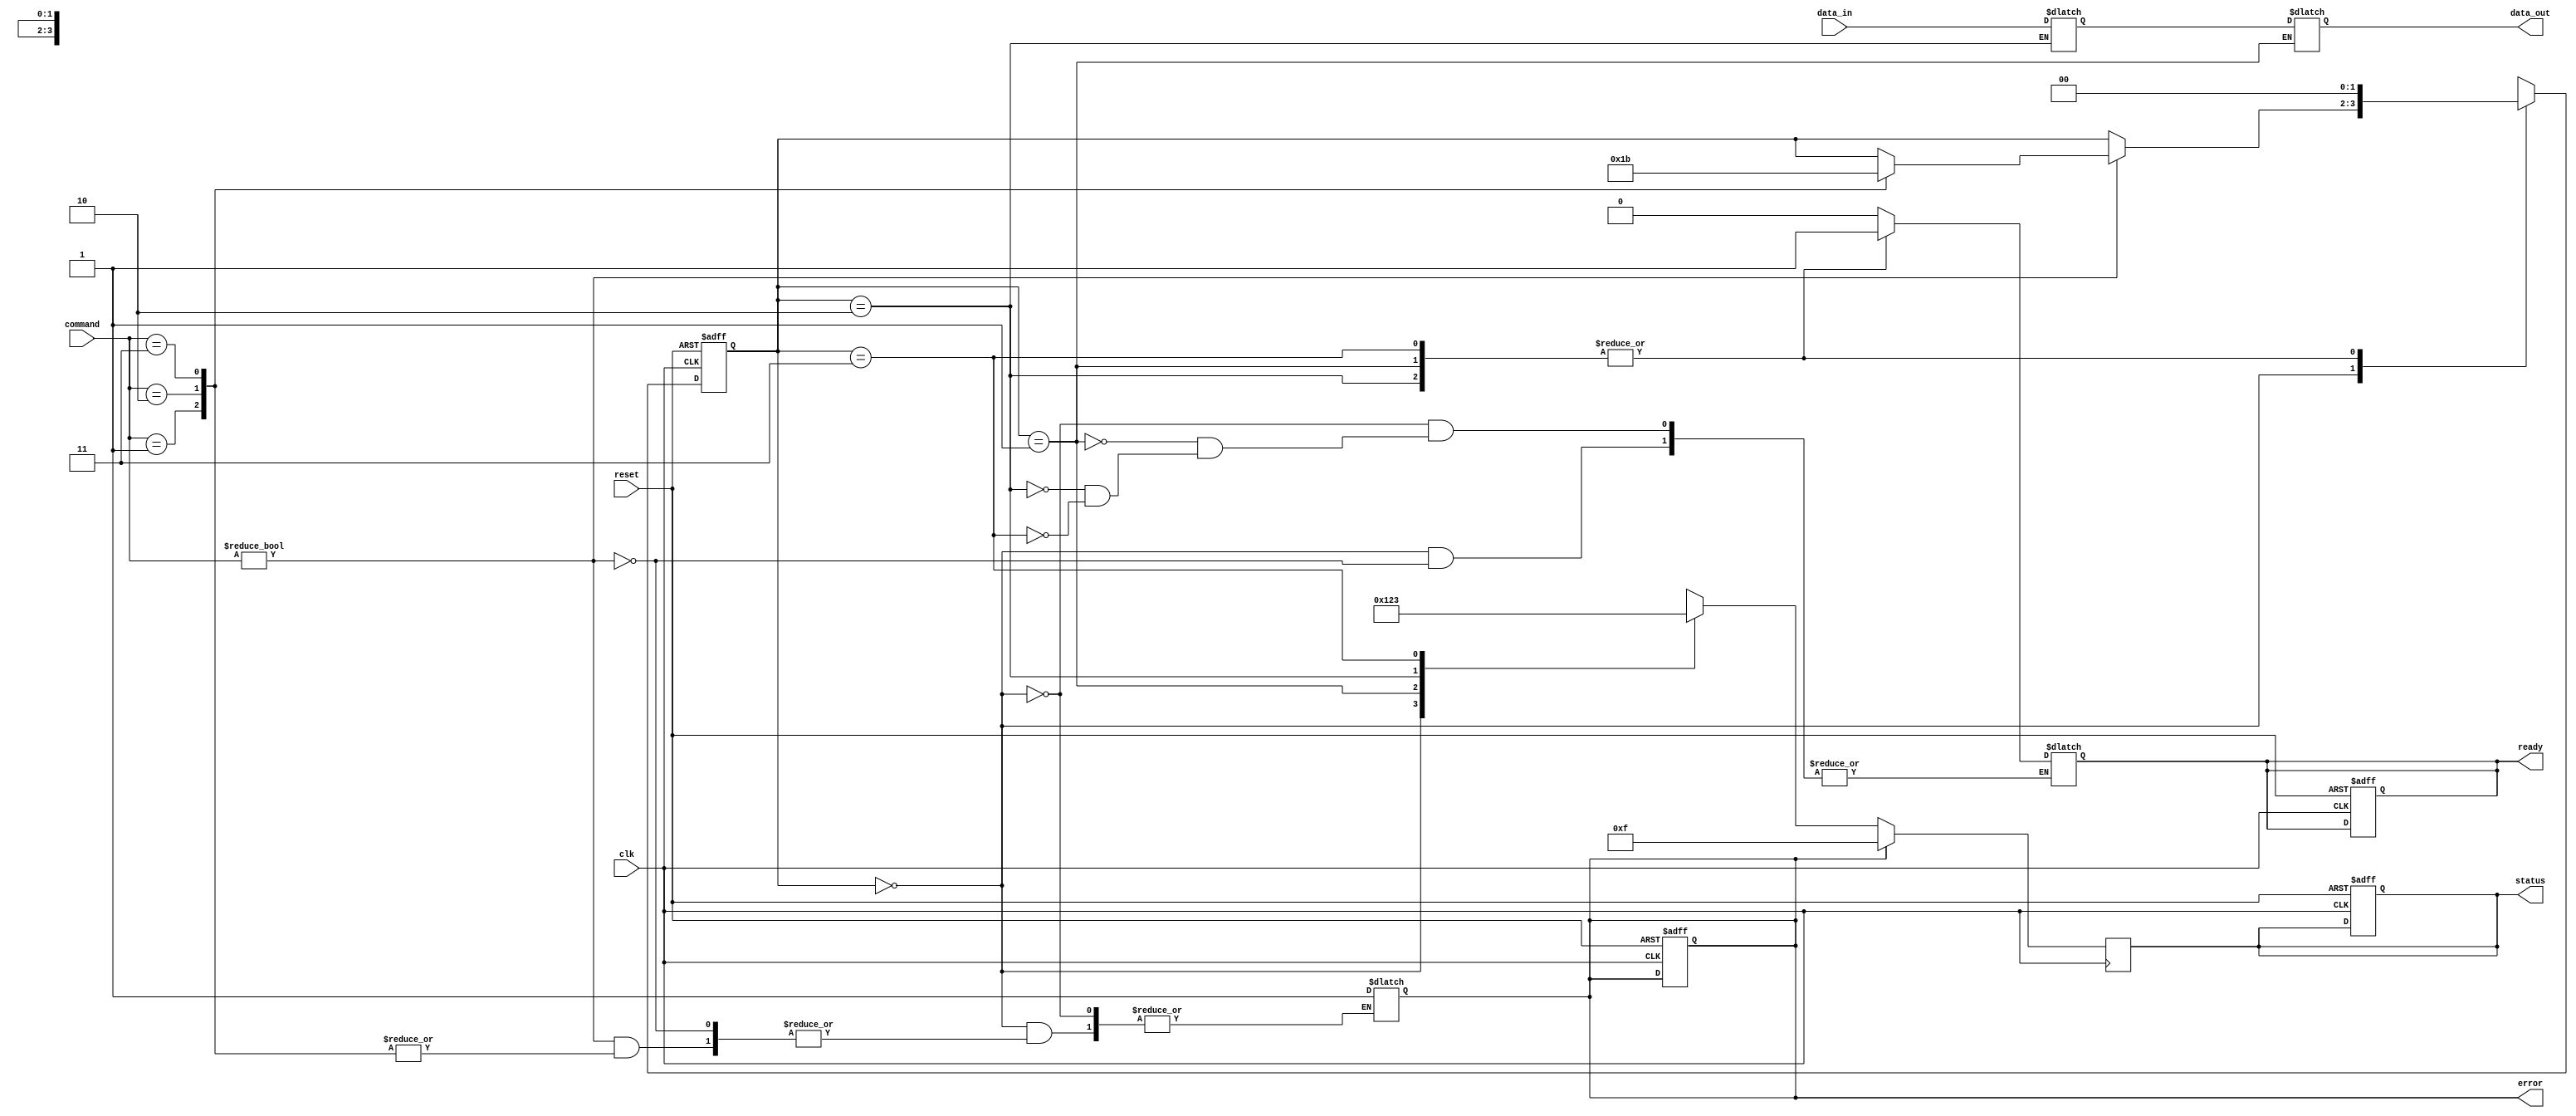
module qlc_nand_io_block (
    input wire clk,
    input wire reset,
    
    // Command interface
    input wire [3:0] command,  // Command input (e.g., READ, PROGRAM, ERASE)
    input wire [31:0] data_in,  // Data input from external controller
    output reg [31:0] data_out,  // Data output to external controller
    output reg ready,  // Indicates ready status for the external controller
    output reg error,   // Error status
    output reg [3:0] status  // Status register
);

    // Parameters for commands
    parameter CMD_READ    = 4'b0001;
    parameter CMD_PROGRAM = 4'b0010;
    parameter CMD_ERASE   = 4'b0011;

    // State encoding
    parameter STATE_IDLE     = 2'b00;
    parameter STATE_READ     = 2'b01;
    parameter STATE_PROGRAM  = 2'b10;
    parameter STATE_ERASE    = 2'b11;

    reg [1:0] state, next_state;

    // Internal data storage
    reg [31:0] data_buffer; // Buffer for input data

    // State machine
    always @(posedge clk or posedge reset) begin
        if (reset) begin
            state <= STATE_IDLE;
            ready <= 1;
            error <= 0;
            status <= 4'b0000;
        end else begin
            state <= next_state;
        end
    end

    // Next state logic
    always @(*) begin
        next_state = state;
        case (state)
            STATE_IDLE: begin
                if (command != 4'b0000) begin  // process command if valid
                    ready <= 0;  // Not ready while processing
                    case (command)
                        CMD_READ: next_state = STATE_READ;
                        CMD_PROGRAM: next_state = STATE_PROGRAM;
                        CMD_ERASE: next_state = STATE_ERASE;
                        default: begin
                            error <= 1;  // Invalid command
                        end
                    endcase
                end
            end

            STATE_READ: begin
                // Simulate read operation
                data_out <= data_buffer; // Assume data is read into data_buffer
                ready <= 1; // Operation completed
                next_state = STATE_IDLE;
            end

            STATE_PROGRAM: begin
                // Simulate program operation
                data_buffer <= data_in; // Store input data
                // Implement programming logic here
                ready <= 1; // Operation completed
                next_state = STATE_IDLE;
            end

            STATE_ERASE: begin
                // Simulate erase operation
                // Implement erase logic here
                ready <= 1; // Operation completed
                next_state = STATE_IDLE;
            end
        endcase
    end

    // Error reporting and status update
    always @(posedge clk) begin
        if (error) begin
            status <= 4'b1111; // Error status
        end else begin
            // Update status based on operation
            case (state)
                STATE_IDLE: status <= 4'b0000; // Idle
                STATE_READ: status <= 4'b0001; // Reading
                STATE_PROGRAM: status <= 4'b0010; // Programming
                STATE_ERASE: status <= 4'b0011; // Erasing
            endcase
        end
    end

endmodule